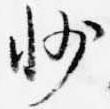
州